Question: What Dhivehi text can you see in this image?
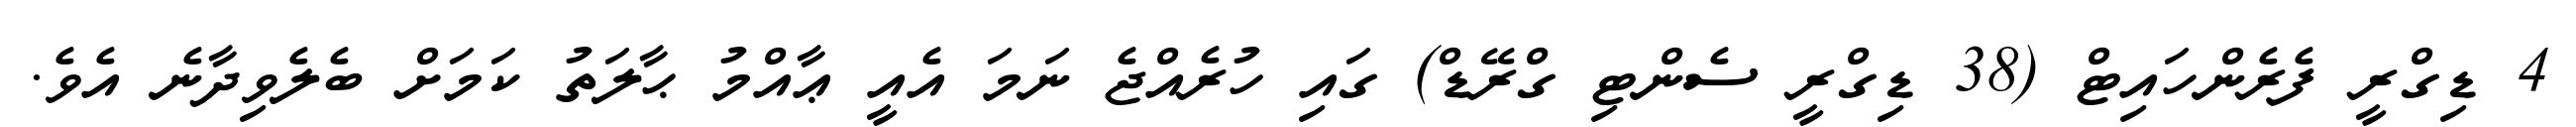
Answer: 4 ޑިގްރީ ފެރެންހައިޓް (38 ޑިގްރީ ސެންޓި ގްރޭޑް) ގައި ހުރެއްޖެ ނަމަ އެއީ ޢާއްމު ޙާލަތު ކަމަށް ބެލެވިދާނެ އެވެ.